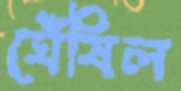
ঘেঁষিল